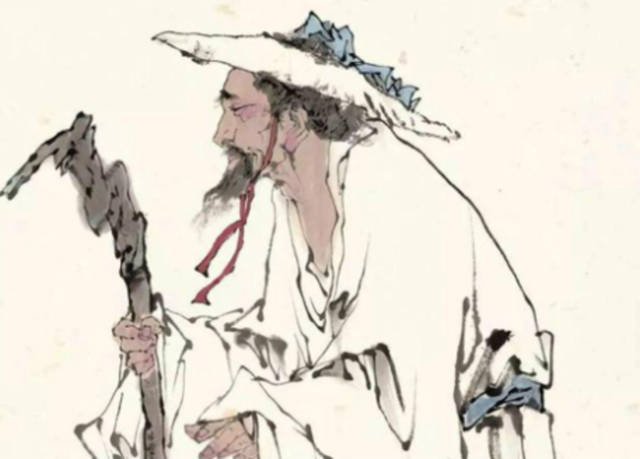
出师一表通今古，夜半挑灯更细看。